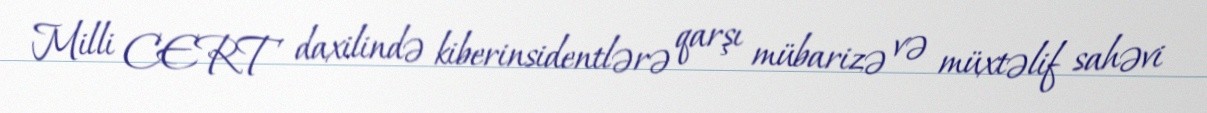
Milli CERT daxilində kiberinsidentlərə qarşı mübarizə və müxtəlif sahəvi